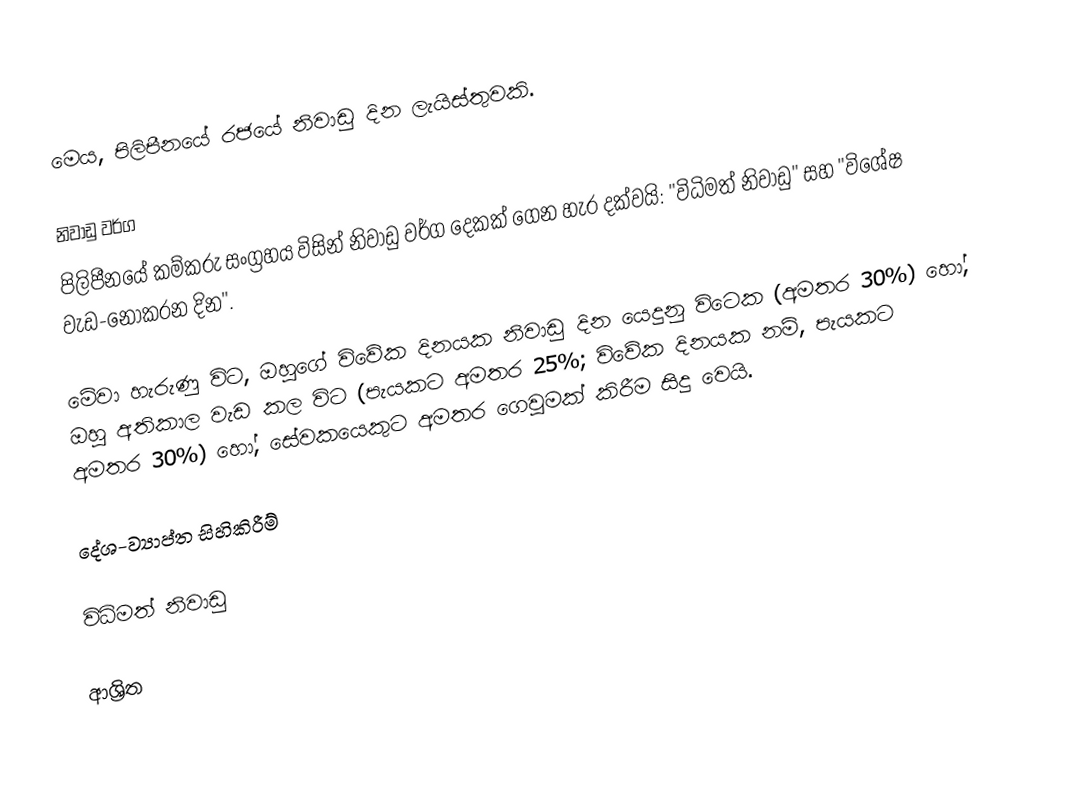
මෙය, පිලිපීනයේ රජයේ නිවාඩු දින ලැයිස්තුවකි.

නිවාඩු වර්ග
පිලිපීනයේ කම්කරු සංග්‍රහය විසින් නිවාඩු වර්ග දෙකක් ගෙන හැර දක්වයි: "විධිමත් නිවාඩු" සහ "විශේෂ වැඩ-නොකරන දින".

මේවා හැරුණු විට, ඔහුගේ විවේක දිනයක නිවාඩු දින යෙදුනු විටෙක  (අමතර 30%) හෝ, ඔහු අතිකාල වැඩ කල විට (පැයකට අමතර 25%; විවේක දිනයක නම්, පැයකට  අමතර 30%) හෝ,    සේවකයෙකුට අමතර ගෙවුමක් කිරීම සිදු වෙයි.

දේශ-ව්‍යාප්ත සිහිකිරීම්

විධිමත් නිවාඩු

ආශ්‍රිත